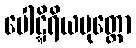
ပေါဋ္ဋိရိယပုတ္တော